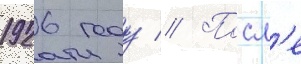
1926 году // Посл'е